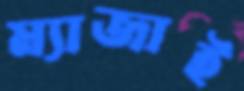
ম্যাজাই